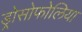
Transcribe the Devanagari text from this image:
ड्रोसोफोलिया